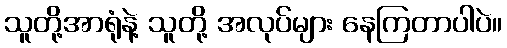
သူတို့အာရုံနဲ့ သူတို့ အလုပ်များ နေကြတာပါပဲ။